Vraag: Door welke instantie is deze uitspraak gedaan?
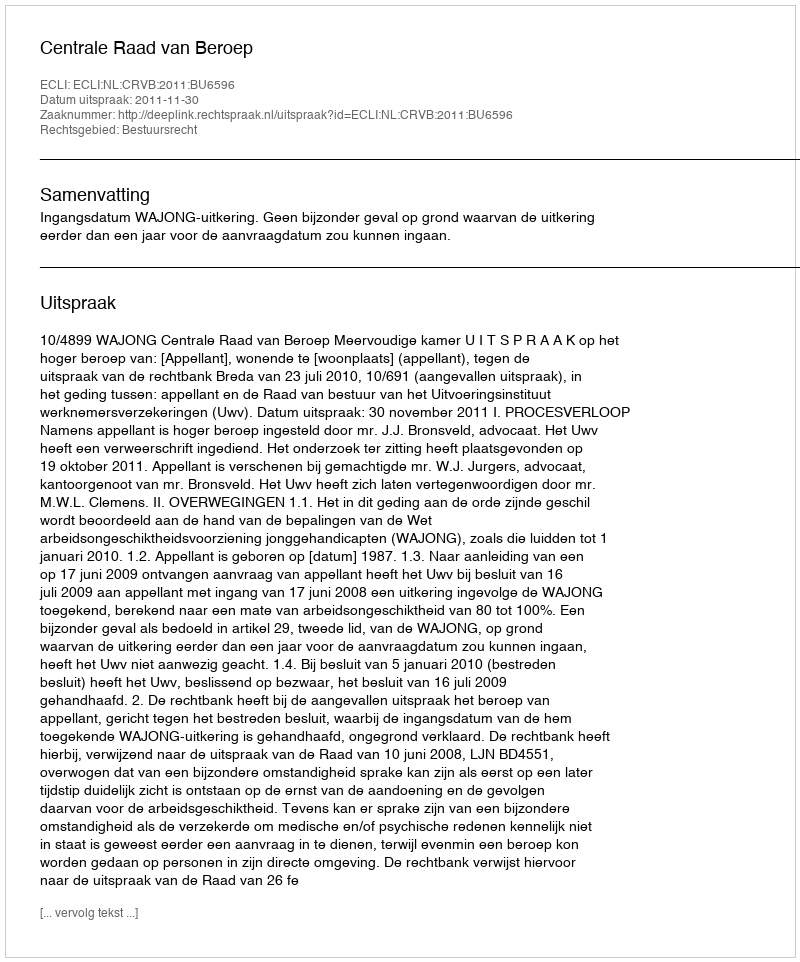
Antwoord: Centrale Raad van Beroep